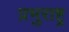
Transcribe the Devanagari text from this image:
प्रभुराष्ट्र